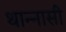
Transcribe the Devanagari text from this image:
थान्नासी